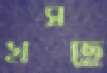
খসছে